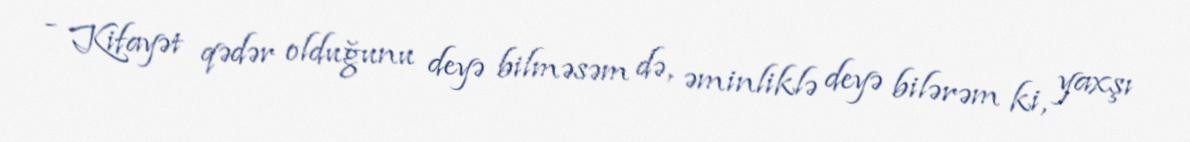
- Kifayət qədər olduğunu deyə bilməsəm də, əminliklə deyə bilərəm ki, yaxşı